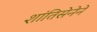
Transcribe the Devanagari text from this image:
शांतिसेनेने